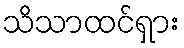
သိသာထင်ရှား